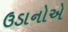
ઉડાનોએ